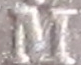
M